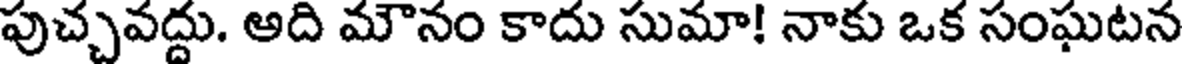
పుచ్చవద్దు. అది మౌనం కాదు సుమా! నాకు ఒక సంఘటన